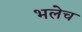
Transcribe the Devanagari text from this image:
भलेच